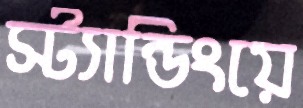
স্ট্যান্ডিংয়ে